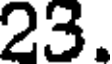
23.